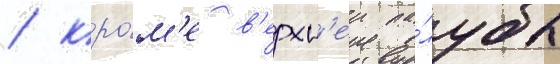
/ кро́м'е в'ерхн'еи па́лубы